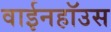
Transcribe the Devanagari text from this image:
वाईनहॉउस